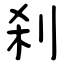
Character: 刹